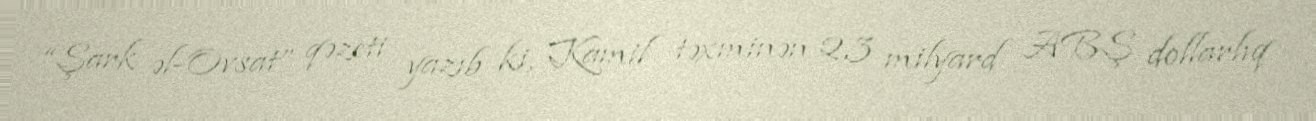
“Şark əl-Ovsat” qəzeti yazıb ki, Kamil təxminən 2,3 milyard ABŞ dollarlıq